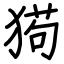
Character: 㺃